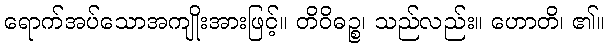
ရောက်အပ်သောအကျိုးအားဖြင့်။ တိဝိဓဉ္စ၊ သည်လည်း။ ဟောတိ၊ ၏။